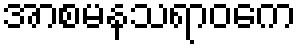
အာစမနသရာဝကေ